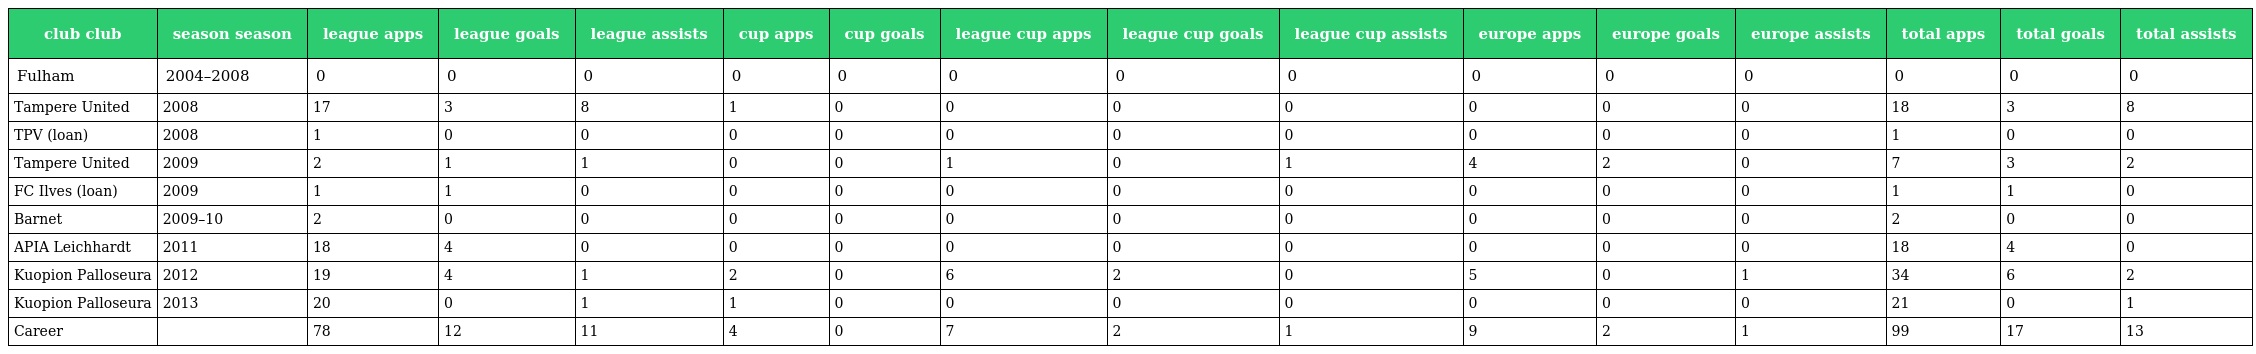
| club club | season season | league apps | league goals | league assists | cup apps | cup goals | league cup apps | league cup goals | league cup assists | europe apps | europe goals | europe assists | total apps | total goals | total assists |
 | --- | --- | --- | --- | --- | --- | --- | --- | --- | --- | --- | --- | --- | --- | --- | --- |
 | Fulham | 2004–2008 | 0 | 0 | 0 | 0 | 0 | 0 | 0 | 0 | 0 | 0 | 0 | 0 | 0 | 0 |
 | Tampere United | 2008 | 17 | 3 | 8 | 1 | 0 | 0 | 0 | 0 | 0 | 0 | 0 | 18 | 3 | 8 |
 | TPV (loan) | 2008 | 1 | 0 | 0 | 0 | 0 | 0 | 0 | 0 | 0 | 0 | 0 | 1 | 0 | 0 |
 | Tampere United | 2009 | 2 | 1 | 1 | 0 | 0 | 1 | 0 | 1 | 4 | 2 | 0 | 7 | 3 | 2 |
 | FC Ilves (loan) | 2009 | 1 | 1 | 0 | 0 | 0 | 0 | 0 | 0 | 0 | 0 | 0 | 1 | 1 | 0 |
 | Barnet | 2009–10 | 2 | 0 | 0 | 0 | 0 | 0 | 0 | 0 | 0 | 0 | 0 | 2 | 0 | 0 |
 | APIA Leichhardt | 2011 | 18 | 4 | 0 | 0 | 0 | 0 | 0 | 0 | 0 | 0 | 0 | 18 | 4 | 0 |
 | Kuopion Palloseura | 2012 | 19 | 4 | 1 | 2 | 0 | 6 | 2 | 0 | 5 | 0 | 1 | 34 | 6 | 2 |
 | Kuopion Palloseura | 2013 | 20 | 0 | 1 | 1 | 0 | 0 | 0 | 0 | 0 | 0 | 0 | 21 | 0 | 1 |
 | Career |  | 78 | 12 | 11 | 4 | 0 | 7 | 2 | 1 | 9 | 2 | 1 | 99 | 17 | 13 |